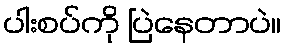
ပါးစပ်ကို ပြဲနေတာပဲ။